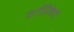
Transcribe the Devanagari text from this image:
दरिन्‍दों